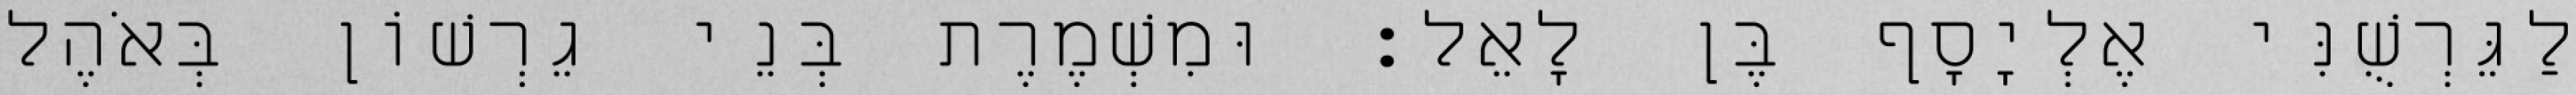
לַגֵּרְשֻׁנִּי אֶלְיָסָף בֶּן לָאֵל׃ וּמִשְׁמֶרֶת בְּנֵי גֵרְשׁוֹן בְּאֹהֶל